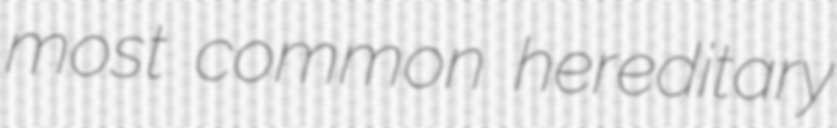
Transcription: most common hereditary